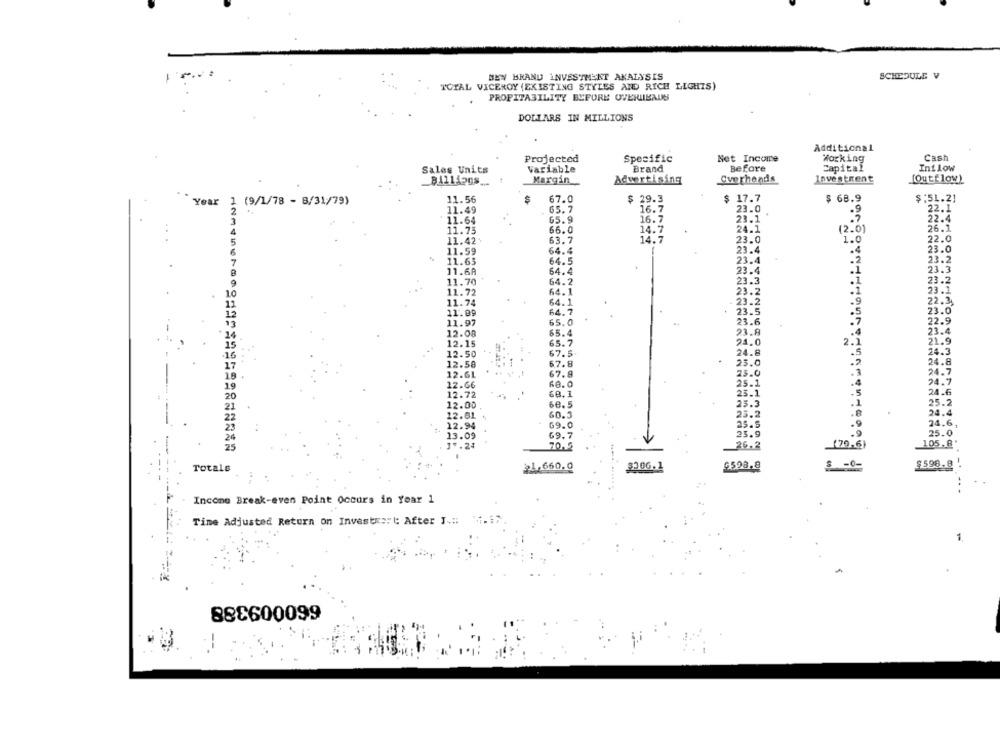
BEY HRAND INVESTMENT ANALYSIS
SCHEDULE V
TOTAL VICEROY (EXISTING STYLES AND RICH LIGHTS)
PROFITABILITY BEFORE OVERLIBADS
DOLLARS IN MILLIONS
Additional
Specific
Net Income
Working
Cash
Projected
Sales Units
Variable
Brand
Before
Capital
Int low
Advertising
Overheads
Investment
[Outflow)
Margin
Year
1 (9/1/78 - 8/31/79)
11.56
67.0
$ 29.3
$ 17.7
$ 68.9
$:51.21
11.49
65.7
16.7
23.0
22.1
16.7
22.4
11.64
65.9
23.1
4
11.75
66.0
14.7
24.1
(2.0)
26.1
11.42\
63.7
14.7
23.0
1.0
22.0
5
11.59
64.4
23.4
23.0
7
11.63
64.5
23.4
23.2
11.68
64.4
23.4
23.3
9
11.70
64.2
23.3
23.2
11.72
64.1
23.2
23.1
10
23.2
.9
13
11.74
64.1
22.35
12
11.89
64.7
23.5
23.0
11.97
65.0
23.6
22.9
12.08
65.4
23.8
25.4
12.15
65.7
24.0
2.
21.9
12.50
67.5
24.8
24.5
12.58
67.8
25.0
24.8
12.61
67.9
23.0
24.
25.1
12.66
68.0
24.6
12.72
68.1
25.1
12.00
68.5
23.3
25.2
23.2
24.4
60.3
69.0
25.s
69.7
23.9
25.0
70,5
26.2
(70.6)
105.8
330G.1
$ -0-
$598.8
-
Totals
21,660.0
6528.8
.
Income Break-even Point Occurs in Year 1
Time Adjusted Return on Investr :: ": After I.#
1
88€600099